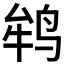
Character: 𱉲